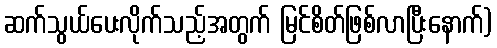
ဆက်သွယ်ပေးလိုက်သည့်အတွက် မြင်စိတ်ဖြစ်လာပြီးနောက်)